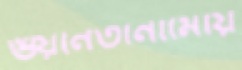
গুয়ানতানামোয়